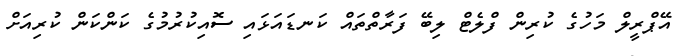
އޭޕްރީލް މަހުގެ ކުރިން ފްލެޓް ލިބޭ ފަރާތްތައް ކަނޑައަޅައި ސޮއިކުރުމުގެ ކަންކަން ކުރިއަށް